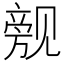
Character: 𲁙